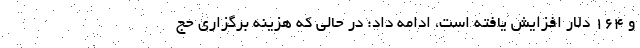
و ۱۶۴ دلار افزایش یافته است، ادامه داد: در حالی که هزینه برگزاری حج